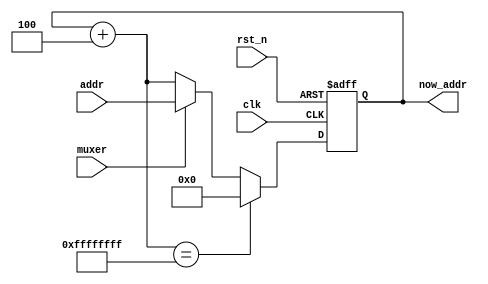
module pc(
	input clk,
	input rst_n,
	input muxer,
	input [31:0] addr,
	output [31:0] now_addr
);

assign now_addr=nowaddr;

reg [31:0] nowaddr;
reg [31:0] nextaddr;

always@(posedge clk or negedge rst_n)
begin
	if(~rst_n)
	begin
		nowaddr<=32'hFFFF_FFFB;
	end
	else
	begin
		if(nextaddr==32'hFFFF_FFFF)
			nowaddr<=0;
		else
			nowaddr<= ( muxer ? addr : nextaddr);
	end
end



always@(*)
begin
	nextaddr=nowaddr+32'h4;
end


endmodule